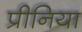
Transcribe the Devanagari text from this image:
प्रीनिया